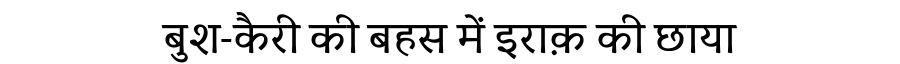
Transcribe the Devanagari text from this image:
बुश-कैरी की बहस में इराक़ की छाया